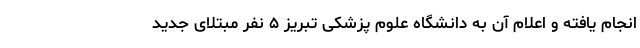
انجام یافته و اعلام آن به دانشگاه علوم پزشکی تبریز ۵ نفر مبتلای جدید